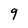
Character: 9